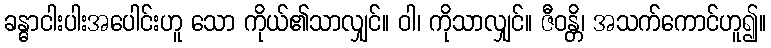
ခန္ဓာငါးပါးအပေါင်းဟူ သော ကိုယ်၏သာလျှင်။ ဝါ၊ ကိုသာလျှင်။ ဇီဝန္တိ၊ အသက်ကောင်ဟူ၍။